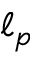
\ell _ { p }